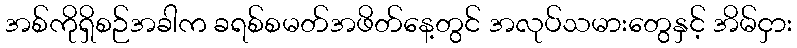
အစ်ကိုရှိစဉ်အခါက ခရစ်စမတ်အဖိတ်နေ့တွင် အလုပ်သမားတွေနှင့် အိမ်ငှား